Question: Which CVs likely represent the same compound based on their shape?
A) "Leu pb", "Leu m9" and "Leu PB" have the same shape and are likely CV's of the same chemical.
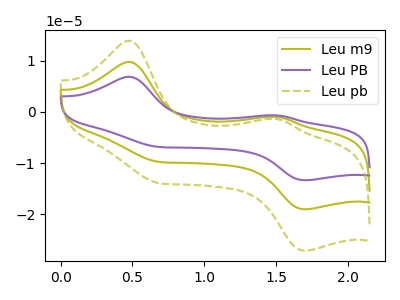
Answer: <think>The olive curve "Leu m9" has anodic peaks at (0.45V, 9.75uA) (1.50V, -1.00uA) and cathodic peaks at (0.65V, -9.70uA) (1.70V, -19.05uA). The purple curve "Leu PB" has anodic peaks at (0.45V, 19.50uA) (1.50V, -1.95uA) and cathodic peaks at (0.65V, -19.40uA) (1.70V, -38.10uA). The olive dashed curve "Leu pb" has anodic peaks at (0.45V, 13.90uA) (1.50V, -1.40uA) and cathodic peaks at (0.65V, -13.85uA) (1.70V, -27.15uA).
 All the peaks in "Leu m9" have a peak in "Leu PB" at the same potential. All the peaks in "Leu m9" have a peak in "Leu pb" at the same potential. All the peaks in "Leu PB" have a peak in "Leu pb" at the same potential.</think>
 <answer>A) "Leu pb", "Leu m9" and "Leu PB" have the same shape and are likely CV's of the same chemical.</answer>
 <eval>A</eval>